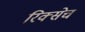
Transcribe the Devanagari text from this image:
रिक्सेच